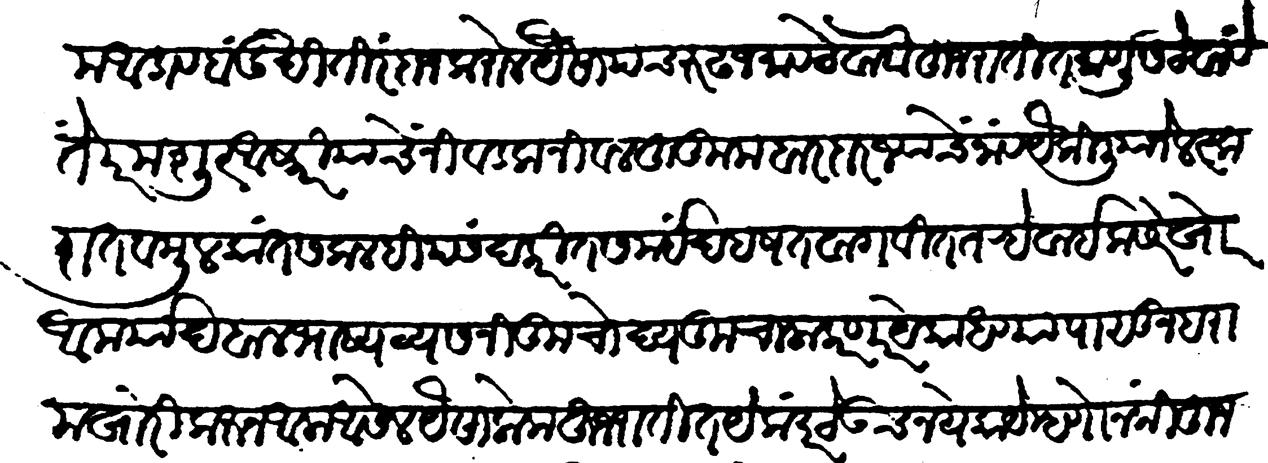
Transliteration (Devanagari): हषम आडाव बंदुक्खी तिरंदाज करोल यैसा पंचरुढ जमाव ठेवावा दुजरातींत माणूस ठेवावे ते परम शूर आस्कारियाचें निवडक नीवल हुकूमबारदार ज्याचे नांव अैकिलियाने लस्करात व मुलकात सकलही पसंद करीत समयीं दहषत वागवीत तऱ्हेवाईक सरेखोर आमर्याद बालभाष्य व्यसनी कुचोद्य कुचाला करणार येकां धण्यापासून हरामखोरी करून आला आसेल यैसा लोक हुजरातींत येकंदर ठेवूच नये काये म्हणोन की हुजरातीचे